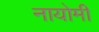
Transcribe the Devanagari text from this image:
नायोमी